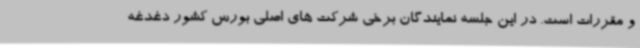
و مقررات است. در این جلسه نمایندگان برخی شرکت های اصلی بورس کشور دغدغه